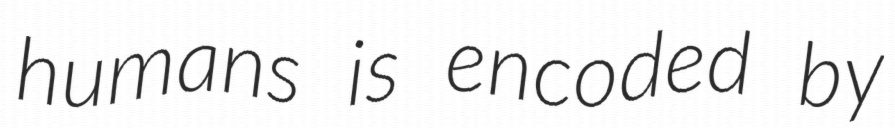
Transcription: humans is encoded by